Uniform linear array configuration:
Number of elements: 12
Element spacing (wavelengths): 0.5
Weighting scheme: uniform
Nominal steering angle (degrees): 0
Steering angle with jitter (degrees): -0.8204
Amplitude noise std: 0.05
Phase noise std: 0.05

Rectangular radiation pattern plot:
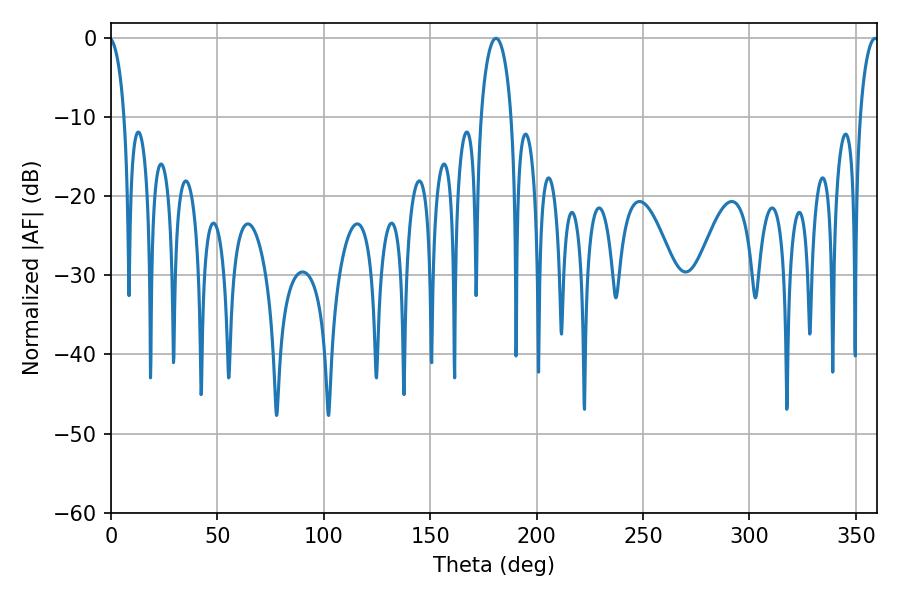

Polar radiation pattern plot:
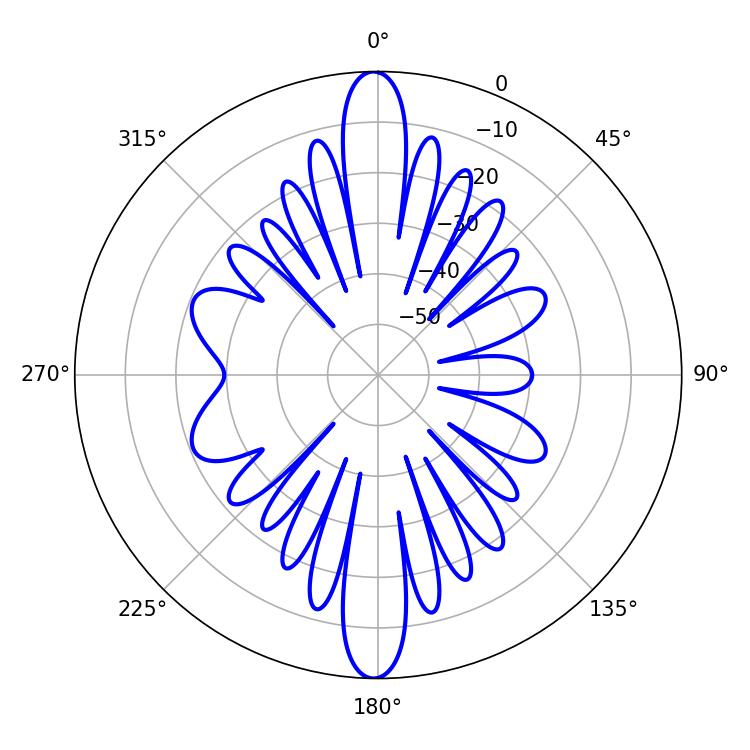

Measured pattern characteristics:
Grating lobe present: FALSE
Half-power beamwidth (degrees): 5.04
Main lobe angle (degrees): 359.1